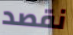
نقصد